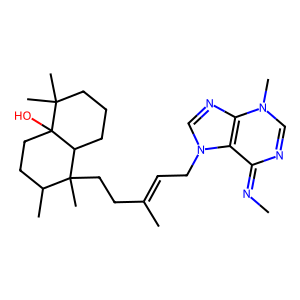
SMILES: CN=c1ncn(C)c2ncn(CC=C(C)CCC3(C)C(C)CCC4(O)C3CCCC4(C)C)c12
Inhibits HIV replication: No